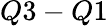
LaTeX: Q3-Q1